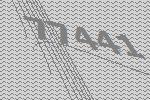
77441